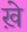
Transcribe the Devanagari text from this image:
ख़े